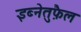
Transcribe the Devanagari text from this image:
इब्नेतुफ़ैल